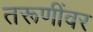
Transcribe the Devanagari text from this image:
तरूणींवर